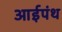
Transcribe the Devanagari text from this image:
आईपंथ